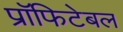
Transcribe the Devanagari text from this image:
प्रॉफिटेबल